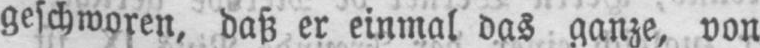
geschworen, daß er einmal das ganze, von